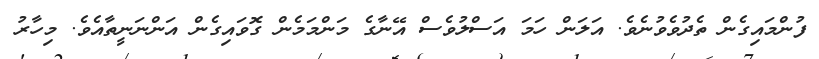
ފުންމައިގެން ތެދުވެވުނެވެ. އަލަން ހަމަ އަސްލުވެސް އޭނާގެ މަންމަމެން ގޮވައިގެން އަންނަނީތާއެވެ. މިހާރު